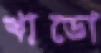
খাডো